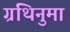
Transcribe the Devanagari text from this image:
ग्रंथिनुमा